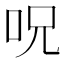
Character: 呪